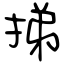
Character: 挮